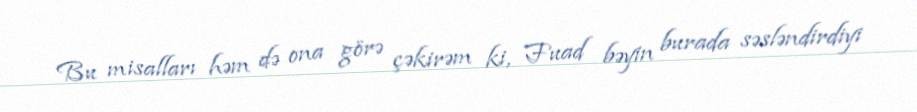
Bu misalları həm də ona görə çəkirəm ki, Fuad bəyin burada səsləndirdiyi